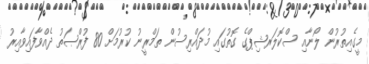
މީގެއިތުރުން ލޯނާއި ސްކޮލަރޝިޕްގެ ގޮތުގައި މުދައްރިސުން ތަމްރީނު ކުރުމަށް 80 ފުރްޞަތު ދެއްވާފައިވާއިރު